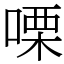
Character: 㗚